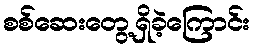
စစ်ဆေးတွေ့ရှိခဲ့ကြောင်း